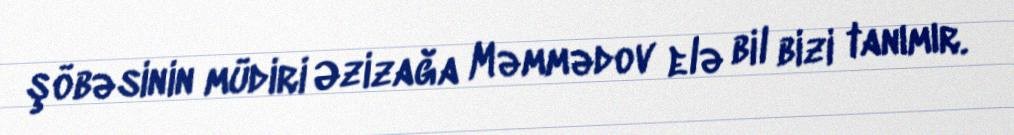
şöbəsinin müdiri Əzizağa Məmmədov elə bil bizi tanımır.